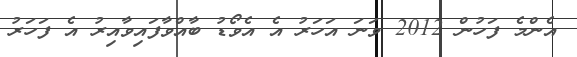
އެންމެ ފަހުން 2012 ވަނަ އަހަރު އެ އެވޯޑު ބާއްވާފައިވާއިރު އެ ފަހަރު